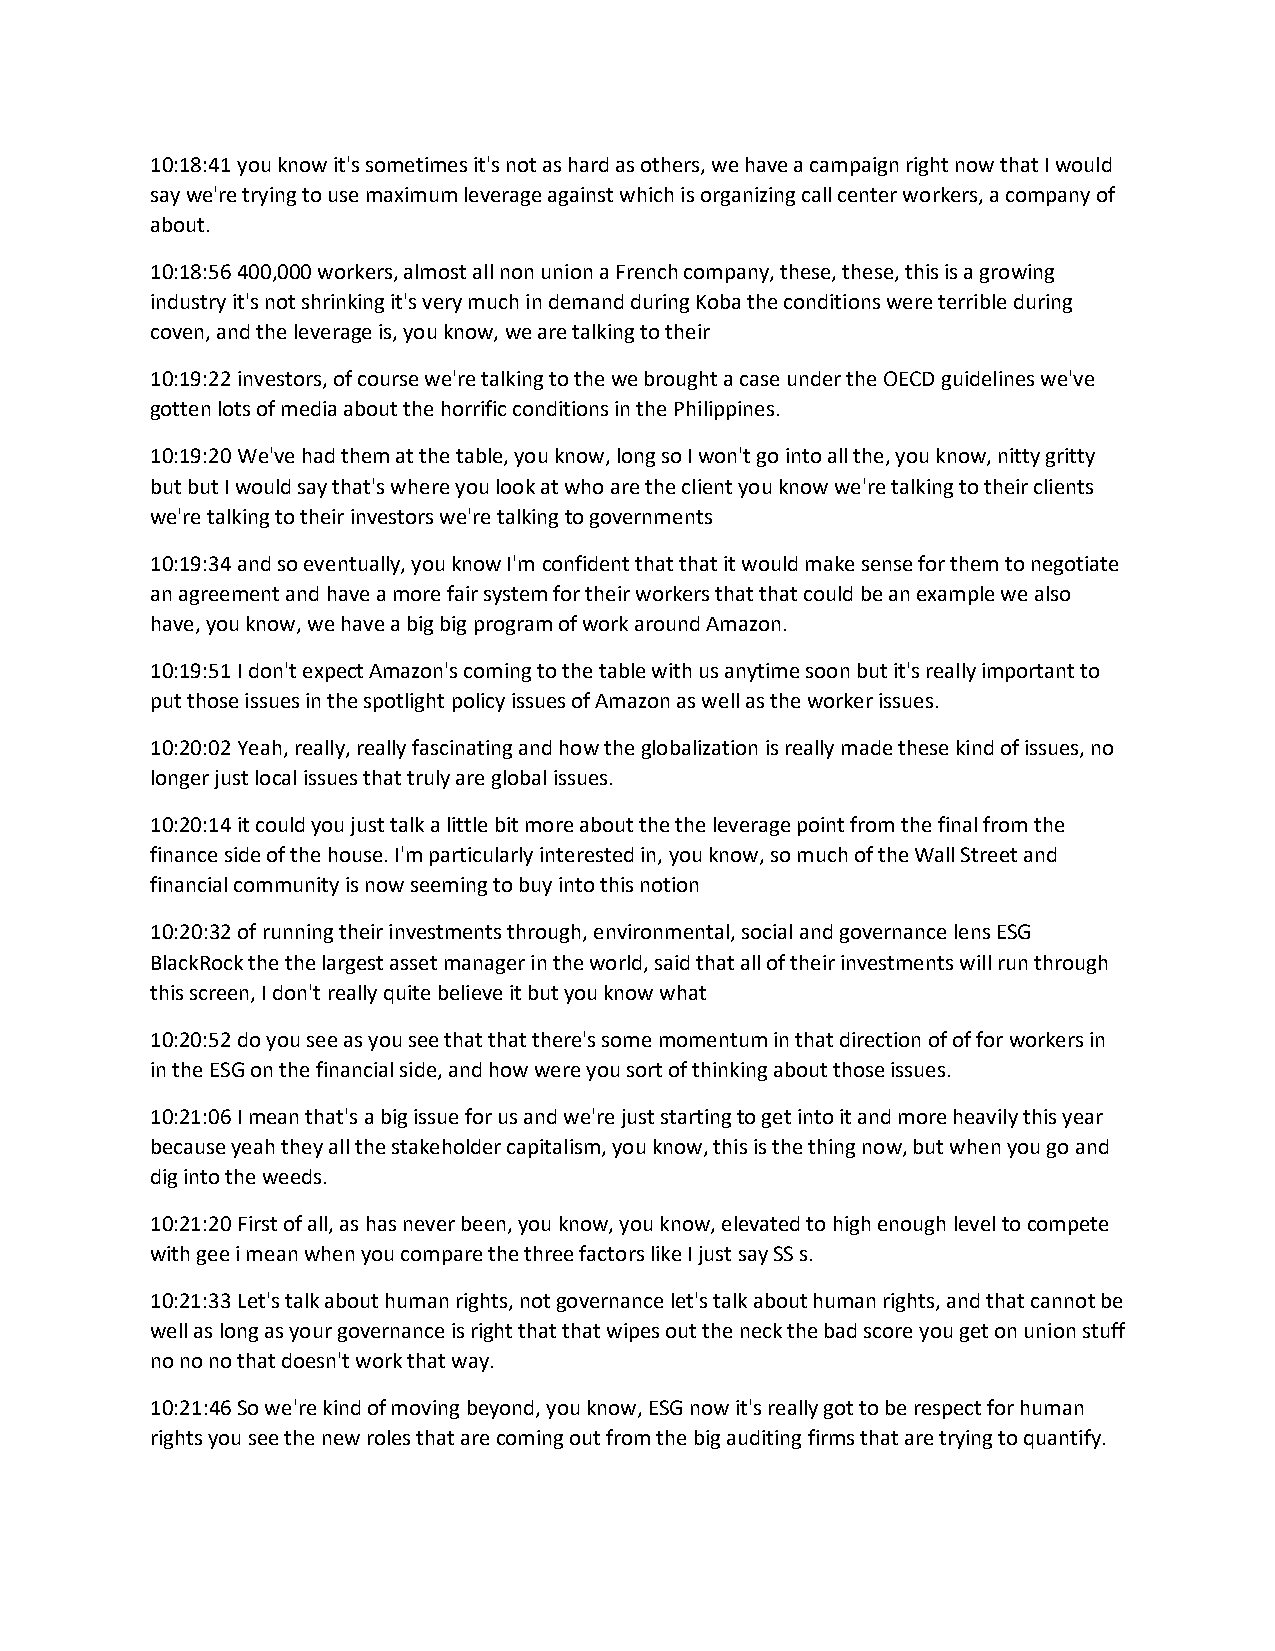
10:18:41 you know it's sometimes it's not as hard as others, we have a campaign right now that I would
 say we're trying to use maximum leverage against which is organizing call center workers, a company of
 about.
 10:18:56 400,000 workers, almost all non union a French company, these, these, this is a growing
 industry it's not shrinking it's very much in demand during Koba the conditions were terrible during
 coven, and the leverage is, you know, we are talking to their
 10:19:22 investors, of course we're talking to the we brought a case under the OECD guidelines we've
 gotten lots of media about the horrific conditions in the Philippines.
 10:19:20 We've had them at the table, you know, long so I won't go into all the, you know, nitty gritty
 but but I would say that's where you look at who are the client you know we're talking to their clients
 we're talking to their investors we're talking to governments
 10:19:34 and so eventually, you know I'm confident that that it would make sense for them to negotiate
 an agreement and have a more fair system for their workers that that could be an example we also
 have, you know, we have a big big program of work around Amazon.
 10:19:51 I don't expect Amazon's coming to the table with us anytime soon but it's really important to
 put those issues in the spotlight policy issues of Amazon as well as the worker issues.
 10:20:02 Yeah, really, really fascinating and how the globalization is really made these kind of issues, no
 longer just local issues that truly are global issues.
 10:20:14 it could you just talk a little bit more about the the leverage point from the final from the
 finance side of the house. I'm particularly interested in, you know, so much of the Wall Street and
 financial community is now seeming to buy into this notion
 10:20:32 of running their investments through, environmental, social and governance lens ESG
 BlackRock the the largest asset manager in the world, said that all of their investments will run through
 this screen, I don't really quite believe it but you know what
 10:20:52 do you see as you see that that there's some momentum in that direction of of for workers in
 in the ESG on the financial side, and how were you sort of thinking about those issues.
 10:21:06 I mean that's a big issue for us and we're just starting to get into it and more heavily this year
 because yeah they all the stakeholder capitalism, you know, this is the thing now, but when you go and
 dig into the weeds.
 10:21:20 First of all, as has never been, you know, you know, elevated to high enough level to compete
 with gee i mean when you compare the three factors like I just say SS s.
 10:21:33 Let's talk about human rights, not governance let's talk about human rights, and that cannot be
 well as long as your governance is right that that wipes out the neck the bad score you get on union stuff
 no no no that doesn't work that way.
 10:21:46 So we're kind of moving beyond, you know, ESG now it's really got to be respect for human
 rights you see the new roles that are coming out from the big auditing firms that are trying to quantify.